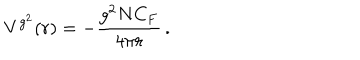
LaTeX: V ^ { g ^ { 2 } } ( r ) = - \frac { g ^ { 2 } N C _ { F } } { 4 \pi r } \, .